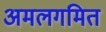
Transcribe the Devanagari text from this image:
अमलगमित